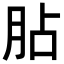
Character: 胋